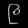
Digit: ၉